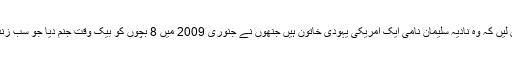
اگر نہیں تو جان لیں کہ وہ نادیہ سلیمان نامی ایک امریکی یہودی خاتون ہیں جنھوں نے جنوری 2009 میں 8 بچوں کو بیک وقت جنم دیا جو سب زندہ بھی بچ گئے۔